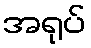
အရုပ်